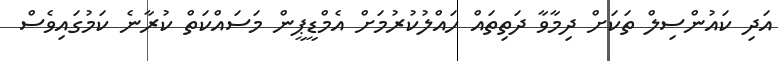
އަދި ކައުންސިލް ތަކަށް ދިމާވާ ދަތިތައް ހައްލުކުރުމަށް އެމްޑީޕީން މަސައްކަތް ކުރާނެ ކަމުގައިވެސް